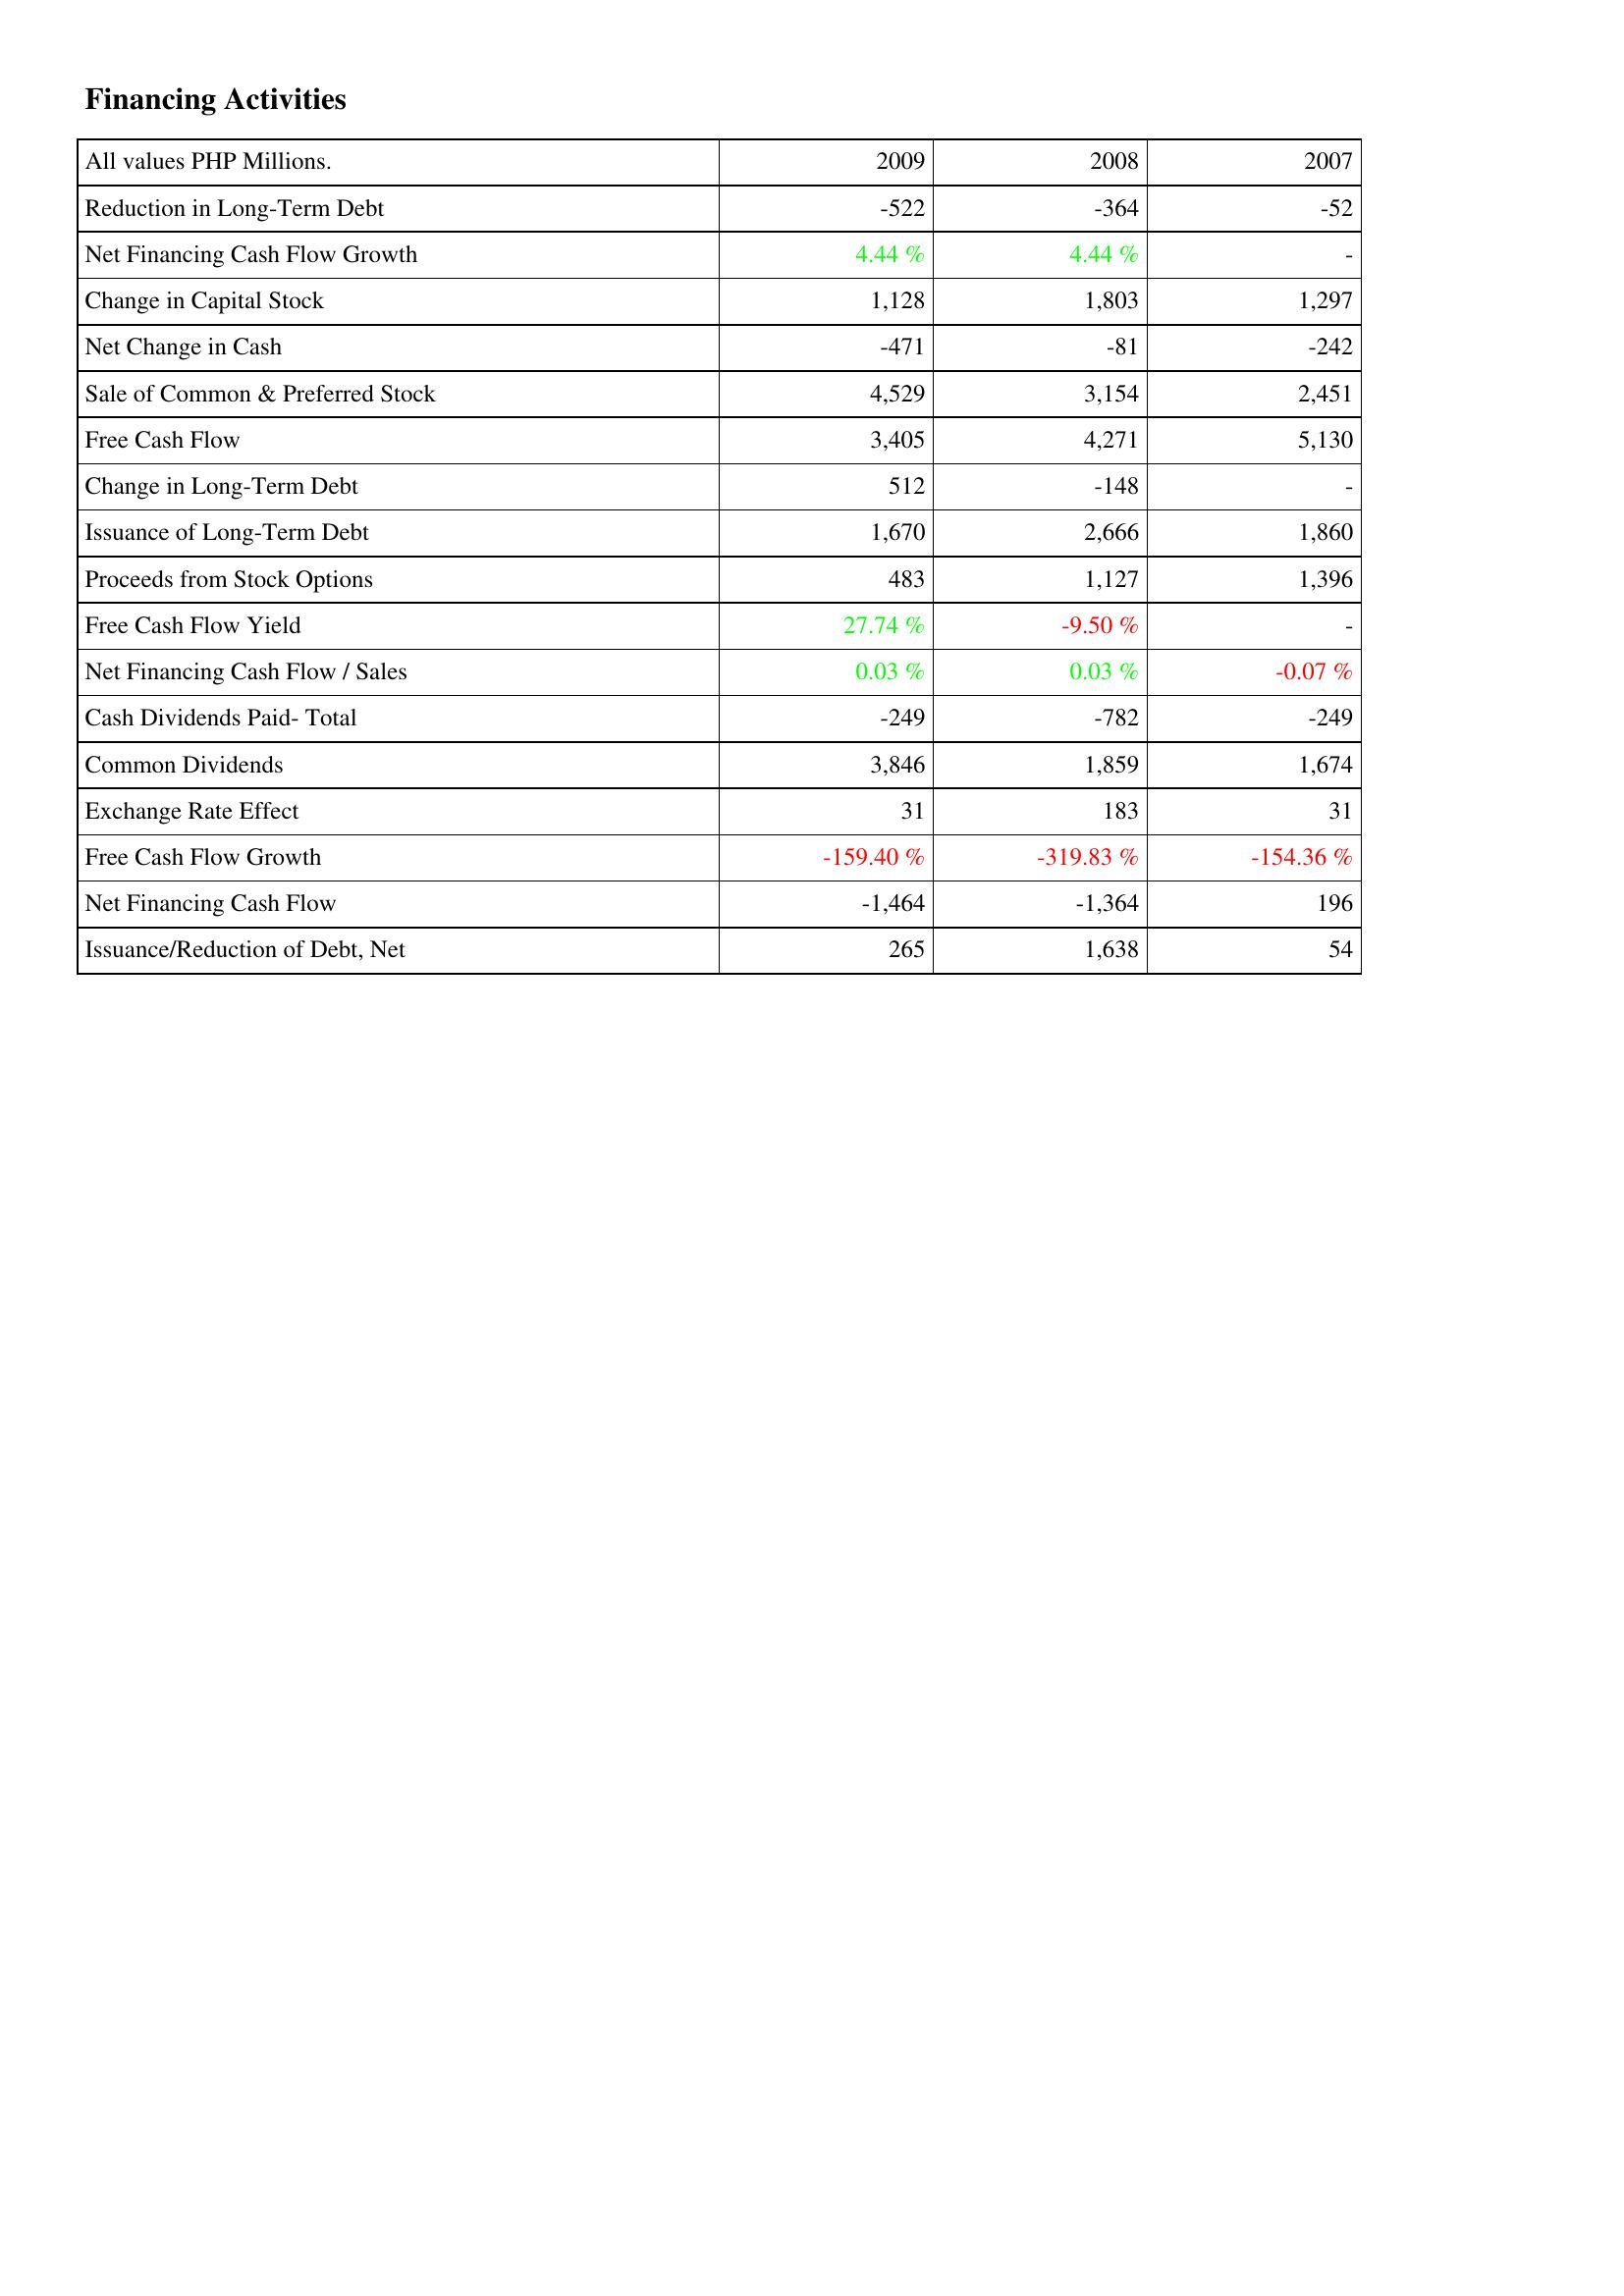
2009: Financing Activities: Reduction in Long-Term Debt: -522
Net Financing Cash Flow Growth: 4.44 %
Change in Capital Stock: 1,128
Net Change in Cash: -471
Sale of Common & Preferred Stock: 4,529
Free Cash Flow: 3,405
Change in Long-Term Debt: 512
Issuance of Long-Term Debt: 1,670
Proceeds from Stock Options: 483
Free Cash Flow Yield: 27.74 %
Net Financing Cash Flow / Sales: 0.03 %
Cash Dividends Paid- Total: -249
Common Dividends: 3,846
Exchange Rate Effect: 31
Free Cash Flow Growth: -159.40 %
Net Financing Cash Flow: -1,464
Issuance/Reduction of Debt, Net: 265
2008: Financing Activities: Reduction in Long-Term Debt: -364
Net Financing Cash Flow Growth: 4.44 %
Change in Capital Stock: 1,803
Net Change in Cash: -81
Sale of Common & Preferred Stock: 3,154
Free Cash Flow: 4,271
Change in Long-Term Debt: -148
Issuance of Long-Term Debt: 2,666
Proceeds from Stock Options: 1,127
Free Cash Flow Yield: -9.50 %
Net Financing Cash Flow / Sales: 0.03 %
Cash Dividends Paid- Total: -782
Common Dividends: 1,859
Exchange Rate Effect: 183
Free Cash Flow Growth: -319.83 %
Net Financing Cash Flow: -1,364
Issuance/Reduction of Debt, Net: 1,638
2007: Financing Activities: Reduction in Long-Term Debt: -52
Net Financing Cash Flow Growth: -
Change in Capital Stock: 1,297
Net Change in Cash: -242
Sale of Common & Preferred Stock: 2,451
Free Cash Flow: 5,130
Change in Long-Term Debt: -
Issuance of Long-Term Debt: 1,860
Proceeds from Stock Options: 1,396
Free Cash Flow Yield: -
Net Financing Cash Flow / Sales: -0.07 %
Cash Dividends Paid- Total: -249
Common Dividends: 1,674
Exchange Rate Effect: 31
Free Cash Flow Growth: -154.36 %
Net Financing Cash Flow: 196
Issuance/Reduction of Debt, Net: 54